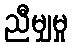
ညီမျှမှု